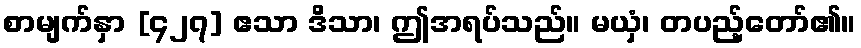
စာမျက်နှာ [၄၂၇] ဧသာ ဒိသာ၊ ဤအရပ်သည်။ မယှံ၊ တပည့်တော်၏။